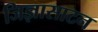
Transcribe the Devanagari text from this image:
जिज्ञासाटन